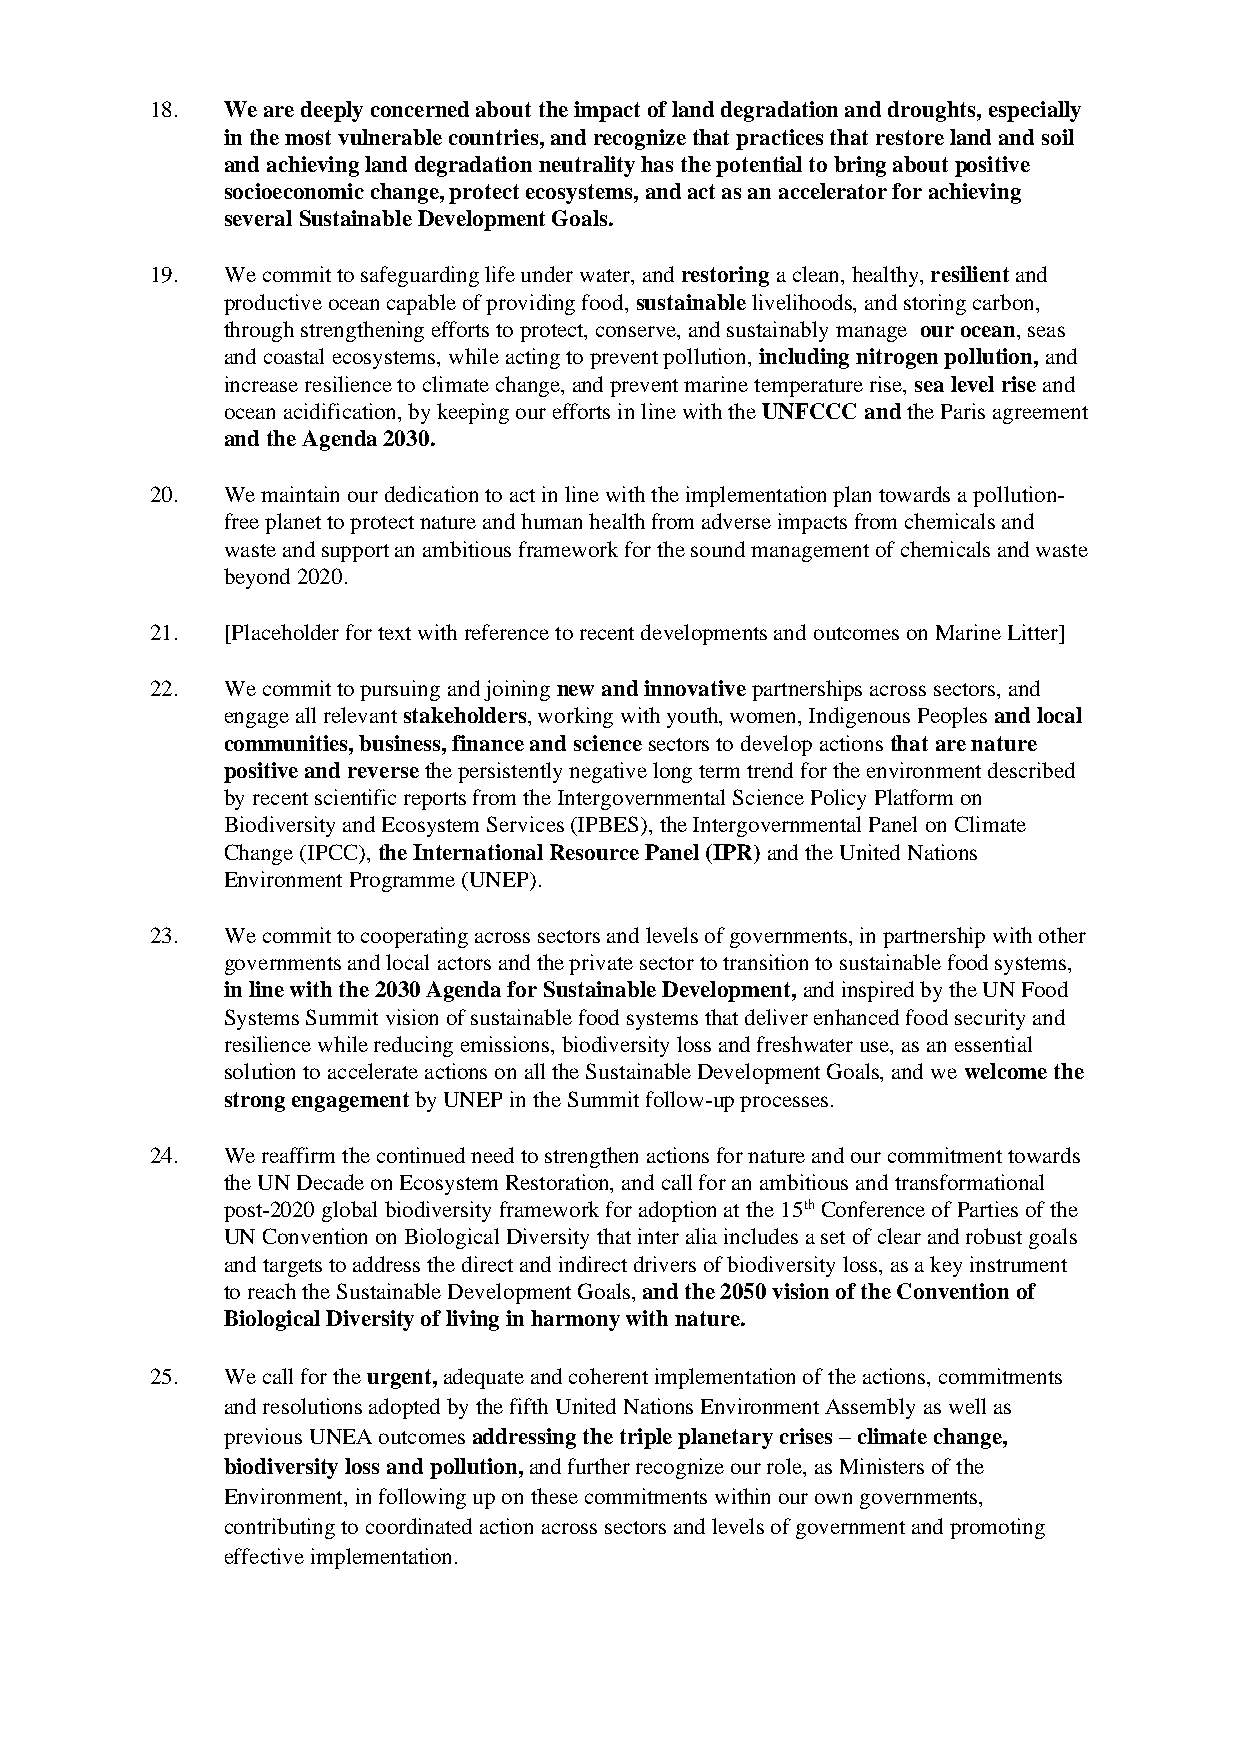
18.  We are deeply concerned about the impact of land degradation and droughts, especially
 in the most vulnerable countries, and recognize that practices that restore land and soil
 and achieving land degradation neutrality has the potential to bring about positive
 socioeconomic change, protect ecosystems, and act as an accelerator for achieving
 several Sustainable Development Goals.
 19.  We commit to safeguarding life under water, and restoring a clean, healthy, resilient and
 productive ocean capable of providing food, sustainable livelihoods, and storing carbon,
 through strengthening efforts to protect, conserve, and sustainably manage our ocean, seas
 and coastal ecosystems, while acting to prevent pollution, including nitrogen pollution, and
 increase resilience to climate change, and prevent marine temperature rise, sea level rise and
 ocean acidification, by keeping our efforts in line with the UNFCCC and the Paris agreement
 and the Agenda 2030.
 20.  We maintain our dedication to act in line with the implementation plan towards a pollution-
 free planet to protect nature and human health from adverse impacts from chemicals and
 waste and support an ambitious framework for the sound management of chemicals and waste
 beyond 2020.
 21.  [Placeholder for text with reference to recent developments and outcomes on Marine Litter]
 22.  We commit to pursuing and joining new and innovative partnerships across sectors, and
 engage all relevant stakeholders, working with youth, women, Indigenous Peoples and local
 communities, business, finance and science sectors to develop actions that are nature
 positive and reverse the persistently negative long term trend for the environment described
 by recent scientific reports from the Intergovernmental Science Policy Platform on
 Biodiversity and Ecosystem Services (IPBES), the Intergovernmental Panel on Climate
 Change (IPCC), the International Resource Panel (IPR) and the United Nations
 Environment Programme (UNEP).
 23.  We commit to cooperating across sectors and levels of governments, in partnership with other
 governments and local actors and the private sector to transition to sustainable food systems,
 in line with the 2030 Agenda for Sustainable Development, and inspired by the UN Food
 Systems Summit vision of sustainable food systems that deliver enhanced food security and
 resilience while reducing emissions, biodiversity loss and freshwater use, as an essential
 solution to accelerate actions on all the Sustainable Development Goals, and we welcome the
 strong engagement by UNEP in the Summit follow-up processes.
 24.  We reaffirm the continued need to strengthen actions for nature and our commitment towards
 the UN Decade on Ecosystem Restoration, and call for an ambitious and transformational
 post-2020 global biodiversity framework for adoption at the 15th Conference of Parties of the
 UN Convention on Biological Diversity that inter alia includes a set of clear and robust goals
 and targets to address the direct and indirect drivers of biodiversity loss, as a key instrument
 to reach the Sustainable Development Goals, and the 2050 vision of the Convention of
 Biological Diversity of living in harmony with nature.
 25.  We call for the urgent, adequate and coherent implementation of the actions, commitments
 and resolutions adopted by the fifth United Nations Environment Assembly as well as
 previous UNEA outcomes addressing the triple planetary crises – climate change,
 biodiversity loss and pollution, and further recognize our role, as Ministers of the
 Environment, in following up on these commitments within our own governments,
 contributing to coordinated action across sectors and levels of government and promoting
 effective implementation.